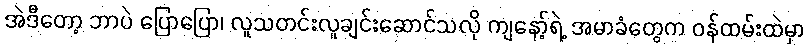
အဲဒီတော့ ဘာပဲ ပြောပြော၊ လူသတင်းလူချင်းဆောင်သလို ကျနော့်ရဲ့ အမာခံတွေက ဝန်ထမ်းထဲမှာ